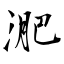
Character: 淝